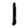
Digit: 1